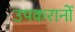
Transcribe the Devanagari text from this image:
उपकरानोँ